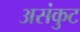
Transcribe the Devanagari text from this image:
असंकुट